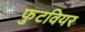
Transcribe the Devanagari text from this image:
फुटवियर